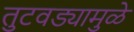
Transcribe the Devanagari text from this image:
तुटवड्यामुळे